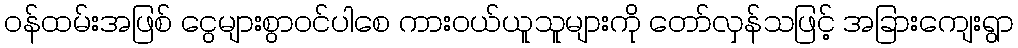
ဝန်ထမ်းအဖြစ် ငွေများစွာဝင်ပါစေ ကားဝယ်ယူသူများကို တော်လှန်သဖြင့် အခြားကျေးရွာ